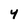
Character: 4